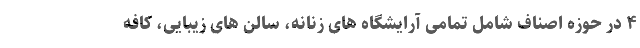
۴ در حوزه اصناف شامل تمامی آرایشگاه های زنانه، سالن های زیبایی، کافه